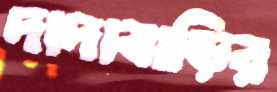
দাদাবাড়ির